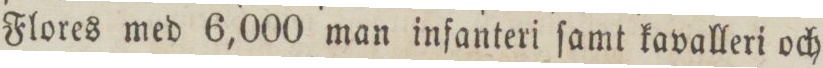
Flores med 6,000 man infanteri ſamt kavalleri och